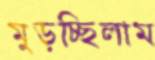
মুড়চ্ছিলাম